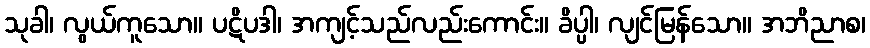
သုခါ၊ လွယ်ကူသော။ ပဋိပဒါ၊ အကျင့်သည်လည်းကောင်း။ ခိပ္ပါ၊ လျင်မြန်သော။ အဘိညာစ၊